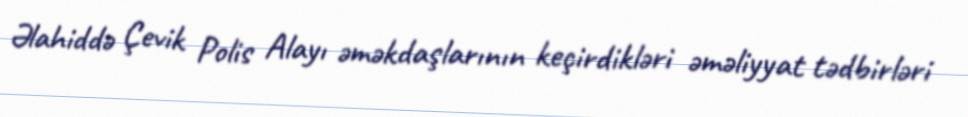
Əlahiddə Çevik Polis Alayı əməkdaşlarının keçirdikləri əməliyyat tədbirləri